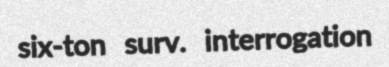
six-ton surv. interrogation